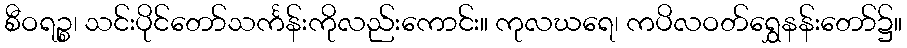
စီဝရဉ္စ၊ သင်းပိုင်တော်သင်္ကန်းကိုလည်းကောင်း။ ကုလဃရေ၊ ကပိလဝတ်ရွှေနန်းတော်၌။